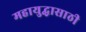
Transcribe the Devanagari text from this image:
महायुद्धासाठी